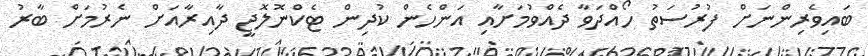
ބައިވެރިންނަށް ފުރުސަތު ހޯއްދަވާ ދެއްވުމަށާއި އަންހެން ކުދިން ޓެކްނޮލޮޖީ ދާއިރާއަށް ނެރުމަށް ބާރު